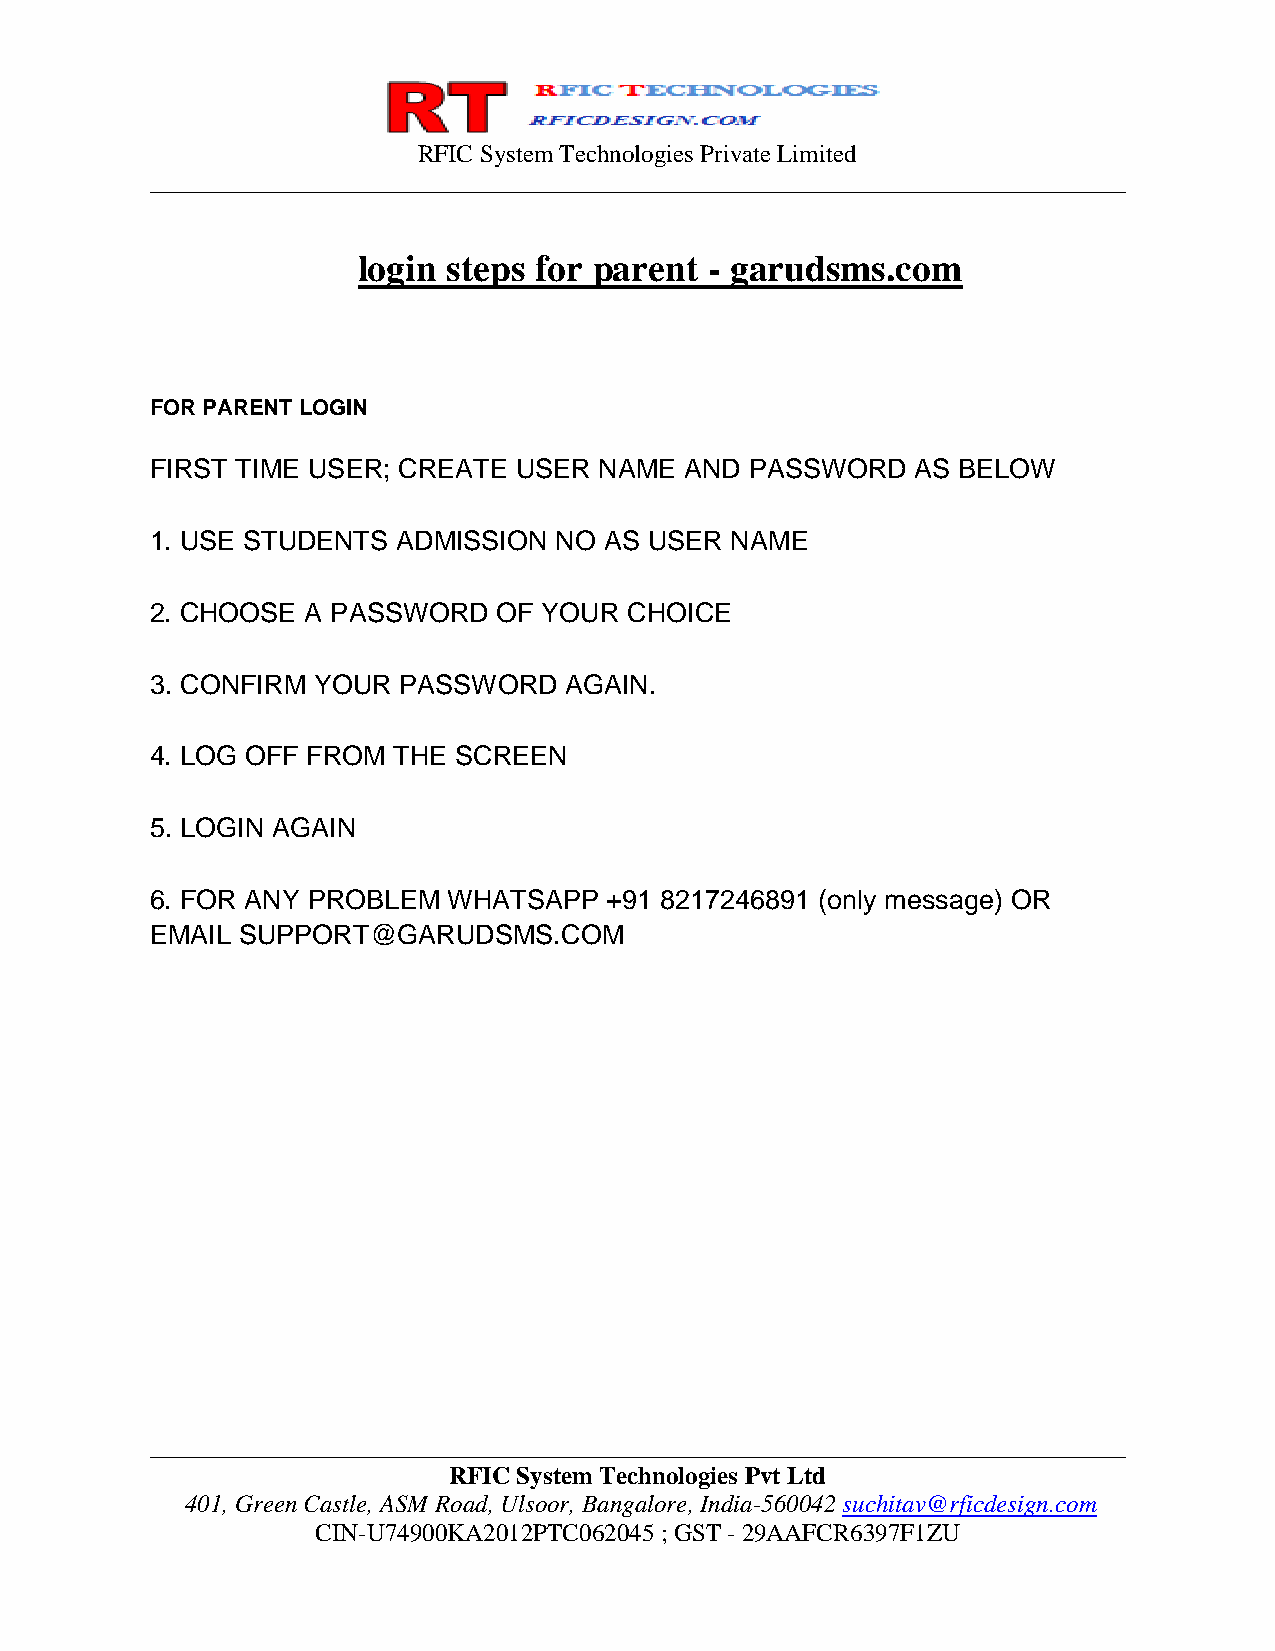
RFIC System Technologies Private Limited
 ______________________________________________________________________________
 login steps for parent - garudsms.com
 FOR PARENT LOGIN
 FIRST TIME USER; CREATE USER  NAME AND  PASSWORD   AS BELOW
 1. USE STUDENTS ADMISSION  NO AS USER NAME
 2. CHOOSE A PASSWORD   OF YOUR  CHOICE
 3. CONFIRM YOUR PASSWORD   AGAIN.
 4. LOG OFF FROM THE SCREEN
 5. LOGIN AGAIN
 6. FOR ANY PROBLEM  WHATSAPP  +91 8217246891 (only message) OR
 EMAIL SUPPORT@GARUDSMS.COM
 ______________________________________________________________________________
 RFIC System Technologies Pvt Ltd
 401, Green Castle, ASM Road, Ulsoor, Bangalore, India-560042 suchitav@rficdesign.com
 CIN-U74900KA2012PTC062045 ; GST - 29AAFCR6397F1ZU